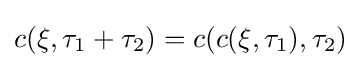
c(\xi ,\tau _{1}+\tau _{2})=c(c(\xi ,\tau _{1}),\tau _{2})